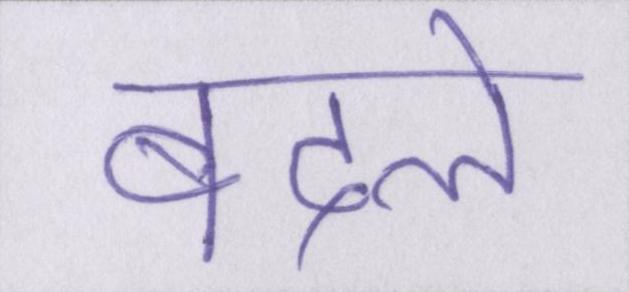
बदले